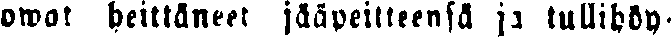
owat heittäneet jääpeitteensä ja tullihöy-